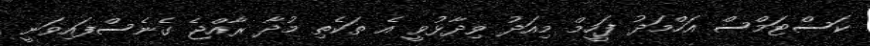
ކަސްޓަމްސް އަހްމަދު ފަހީމް މިއަދު ވިދާޅުވީ އެ ތަކެތި މުދާ ރާއްޖެ ގެނެސްފައިވަނީ